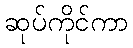
ဆုပ်ကိုင်ကာ